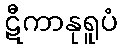
ဋီကာနုရူပံ